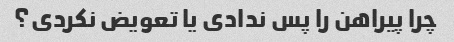
چرا پیراهن را پس ندادی یا تعویض نکردی؟